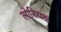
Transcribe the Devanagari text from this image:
लोरियक्ष